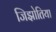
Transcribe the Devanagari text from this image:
जिझोतिया